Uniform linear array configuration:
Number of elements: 8
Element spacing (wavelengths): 0.75
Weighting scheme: hamming
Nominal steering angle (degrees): -15
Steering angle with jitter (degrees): -14.177
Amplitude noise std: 0.05
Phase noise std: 0.05

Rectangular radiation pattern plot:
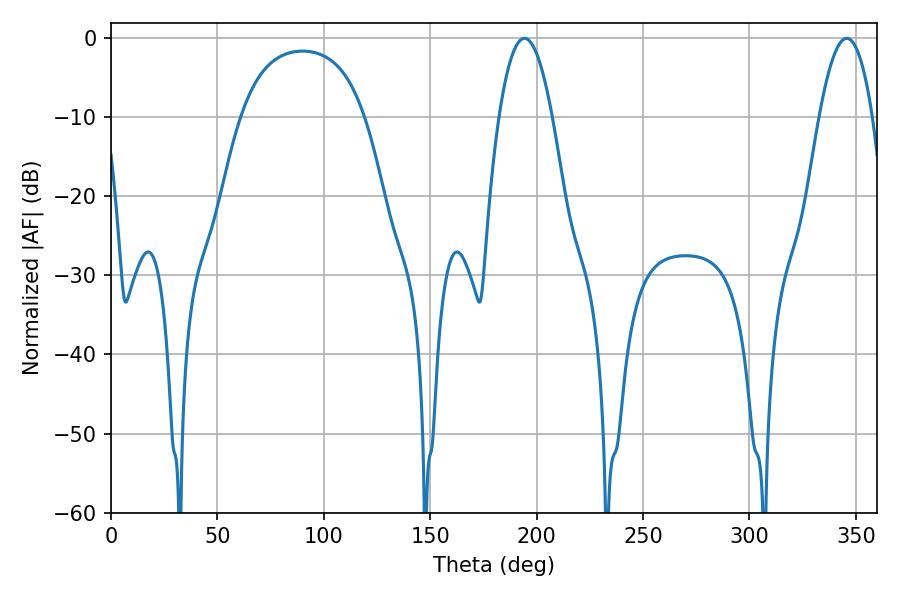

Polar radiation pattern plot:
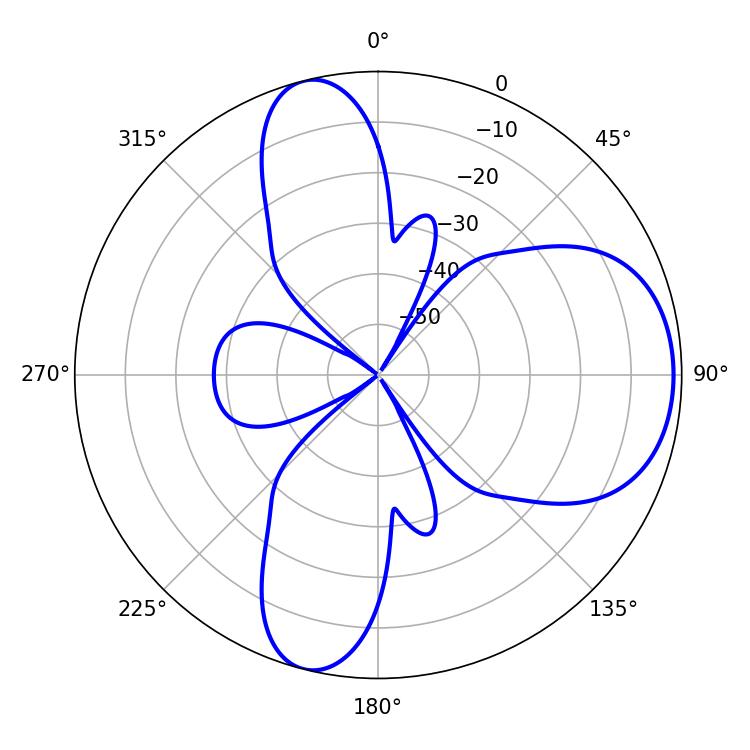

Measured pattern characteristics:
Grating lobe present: TRUE
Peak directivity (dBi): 7.774
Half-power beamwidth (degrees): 13.68
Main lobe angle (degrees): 194.22